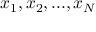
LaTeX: x _ { 1 } , x _ { 2 } , . . . , x _ { N }